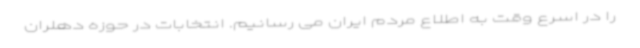
را در اسرع وقت به اطلاع مردم ایران می رسانیم. انتخابات در حوزه دهلران